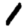
Digit: 1